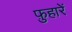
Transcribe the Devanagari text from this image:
फ़ुहारें